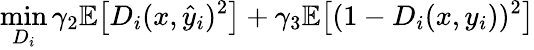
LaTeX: \operatorname*{min}_{D_{i}}\gamma_{2}\mathbb{E}\big[D_{i}(x,\hat{y}_{i})^{2}\big]+\gamma_{3}\mathbb{E}\big[(1-D_{i}(x,y_{i}))^{2}\big]